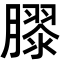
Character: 𭩎